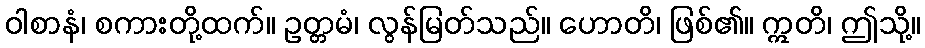
ဝါစာနံ၊ စကားတို့ထက်။ ဥတ္တမံ၊ လွန်မြတ်သည်။ ဟောတိ၊ ဖြစ်၏။ ဣတိ၊ ဤသို့။